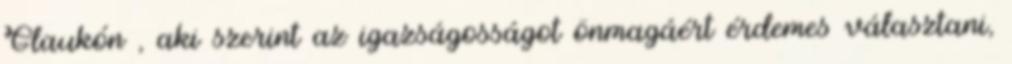
Glaukón , aki szerint az igazságosságot önmagáért érdemes választani,